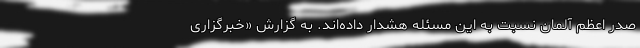
صدر اعظم آلمان نسبت به این مسئله هشدار داده‌اند. به گزارش «خبرگزاری